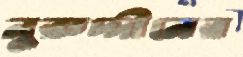
নুরুদ্দীনের